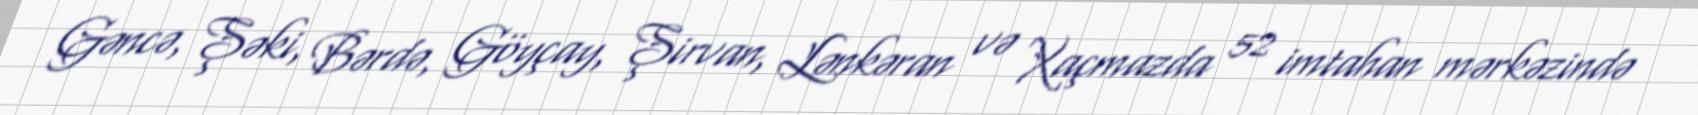
Gəncə, Şəki, Bərdə, Göyçay, Şirvan, Lənkəran və Xaçmazda 52 imtahan mərkəzində